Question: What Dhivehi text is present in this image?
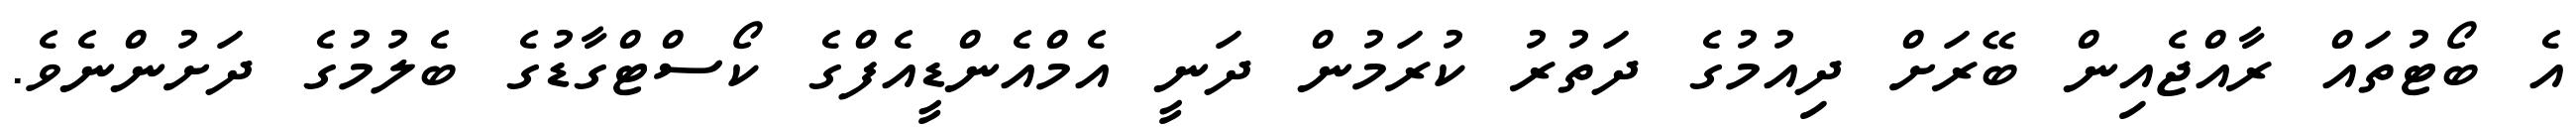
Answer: އެ ބޯޓުތައް ރާއްޖެއިން ބޭރަށް ދިއުމުގެ ދަތުރު ކުރަމުން ދަނީ އެމްއެންޑީއެފްގެ ކޯސްޓްގާޑުގެ ބެލުމުގެ ދަށުންނެވެ.